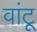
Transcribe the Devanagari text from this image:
वांटू